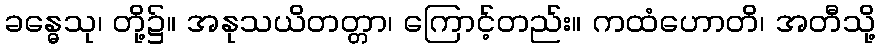
ခန္ဓေသု၊ တို့၌။ အနုသယိတတ္တာ၊ ကြောင့်တည်း။ ကထံဟောတိ၊ အတီသို့